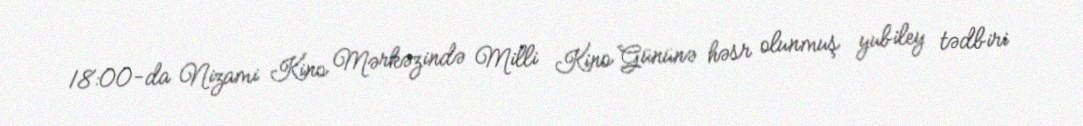
18:00-da Nizami Kino Mərkəzində Milli Kino Gününə həsr olunmuş yubiley tədbiri